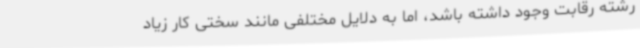
رشته رقابت وجود داشته باشد، اما به دلایل مختلفی مانند سختی کار زیاد